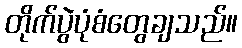
တိုက်ပွဲပုံစံတွေချသည်။